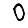
Digit: 0